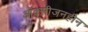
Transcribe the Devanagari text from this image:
ऑक्सीजनहीन